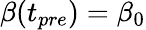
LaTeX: \beta(t_{pre})=\beta_{0}